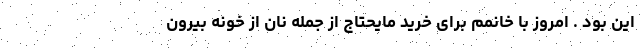
این بود . امروز با خانمم برای خرید مایحتاج از جمله نان از خونه بیرون